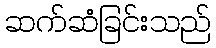
ဆက်ဆံခြင်းသည်